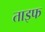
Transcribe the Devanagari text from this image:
ताइफ